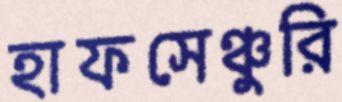
হাফসেঞ্চুরি